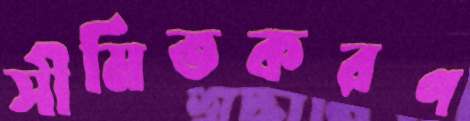
সীমিতকরণ